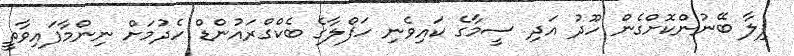
ފިލާ ބޭނުންކޮށްގެން ހޫދު އަދި ސީމާގެ ކައިވެނި ހަފްލާގެ ބެކްގްރައުންޑް ހެދުމަށް ނިންމާފައިވާތީ